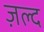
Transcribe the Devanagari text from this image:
ज़ल्द